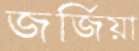
জর্জিয়া